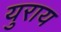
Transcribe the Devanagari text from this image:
युराय